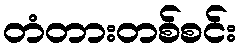
တံတားတစ်စင်း